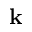
\mathbf { k }